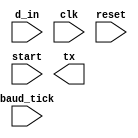
module UART_transmitter
#(parameter D_BIT = 8'd8, S_BIT = 8'd1)
(
    input wire d_in, clk, baud_tick, reset, start,
    output wire tx
);
//params
localparam IDLE = 2'b00, START = 2'b01, DATA = 2'b10, STOP = 2'b11;
//signals
reg [D_BIT-1:0] data, data_next;
reg [1:0] state_reg, state_next;
reg [3:0] n, n_next;
reg tx_reg, tx_next;
//registers
always @(posedge clk or posedge reset)
    begin
        if(reset)
            begin
                state_reg <= 0;
                n <= 0;
                data_next <= 0;
                tx_reg <= 1;
            end
        else
            begin
                state_reg <= state_next;
                n <= n_next;
                data <= data_next;
                tx_reg <= tx_next;
            end
    end
//next state logic
always @(*)
    begin
        state_next = state_reg;
        n_next = n;
        tx_next = 1;
        data_next = data;
        case(state_reg)
        IDLE :
            begin
                if(start)
                    begin
                        state_next = start;
                        n_next = 0;
                    end
            end
        START :
            begin
                if(baud_tick && tx_reg)
                    begin
                        tx_next = 0;
                        state_next = START;
                        data_next = d_in;
                    end
                else if (baud_tick && ~tx_reg)
                    begin
                        state_next = DATA;
                        n_next = 0;
                    end
            end
        DATA :
            begin
                if(baud_tick)
                    begin
                        n_next = n + 1;
                        tx_next = data[0];
                        data_next = data >> 1;
                        if(n_next==D_BIT)
                            begin
                                state_next = STOP;
                                n_next = 0;
                            end
                        else
                            begin
                                state_next = DATA;
                            end
                    end
            end
        STOP :
            begin
                if(baud_tick)
                    begin
                        tx_next = 1;
                        n_next = n + 1;
                        if(n_next==S_BIT)
                            begin
                                n_next = 0;
                                state_next = IDLE;
                            end
                        else
                            state_next = STOP;
                    end
            end
        default :
            begin
                state_next = state_reg;
                n_next = n;
                tx_next = 1;
                data_next = data;
            end
        endcase
    end
endmodule